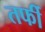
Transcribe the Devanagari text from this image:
तर्फी